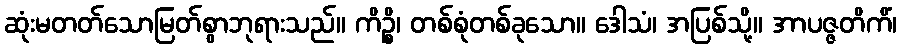
ဆုံးမတတ်သောမြတ်စွာဘုရားသည်။ ကိဉ္စိ၊ တစ်စုံတစ်ခုသော။ ဒေါသံ၊ အပြစ်သို့။ အာပဇ္ဇတိကိံ၊